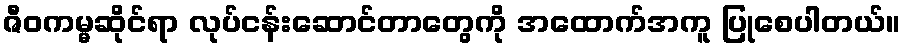
ဇီဝကမ္မဆိုင်ရာ လုပ်ငန်းဆောင်တာတွေကို အထောက်အကူ ပြုစေပါတယ်။